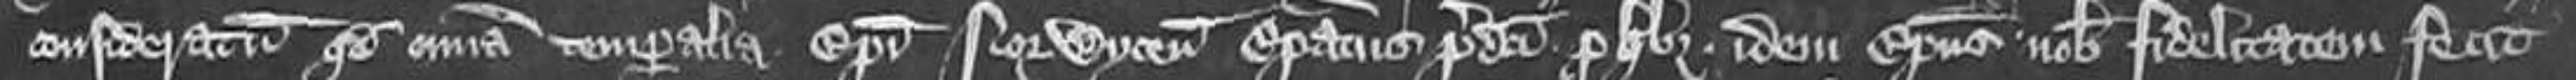
consideratum quod omnia temporalia Episcopi Norwyciensis Episcopatus predicti pro quibus idem Episcopus nobis fidelitatem fecit